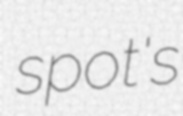
spot's